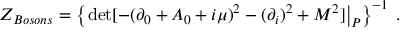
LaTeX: { \cal Z } _ { B o s o n s } = \left\{ \left. \operatorname * { d e t } [ - ( \partial _ { 0 } + A _ { 0 } + i \mu ) ^ { 2 } - ( \partial _ { i } ) ^ { 2 } + M ^ { 2 } ] \right| _ { P } \right\} ^ { - 1 } \; .